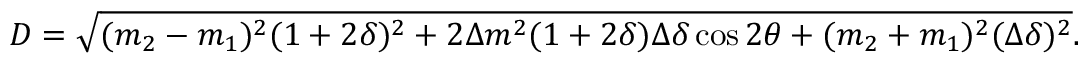
D = \sqrt { ( m _ { 2 } - m _ { 1 } ) ^ { 2 } ( 1 + 2 \delta ) ^ { 2 } + 2 \Delta m ^ { 2 } ( 1 + 2 \delta ) \Delta \delta \cos 2 \theta + ( m _ { 2 } + m _ { 1 } ) ^ { 2 } ( \Delta \delta ) ^ { 2 } } .